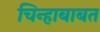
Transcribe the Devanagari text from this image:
चिन्हाबाबत